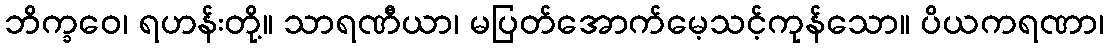
ဘိက္ခဝေ၊ ရဟန်းတို့။ သာရဏီယာ၊ မပြတ်အောက်မေ့သင့်ကုန်သော။ ပိယကရဏာ၊